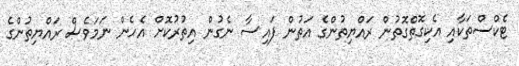
ޓެކްސްތަކާއި އެކިގޮތްގޮތުން ރައްޔިތުންގެ އަތުން ފައިސާ ނެގުން އިތުރުކޮށް އެހެން ނަމަވެސް ރައްޔިތުންގެ